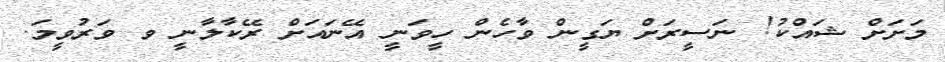
މަށަށް ޝައްކު! ނަސީރަށް ޔަގީން ވާހެން ހީވަނީ އޭނައަށް ރޭކާލާނީ ވ ވަރުވީމަ.